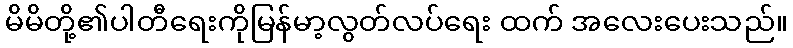
မိမိတို့၏ပါတီရေးကိုမြန်မာ့လွတ်လပ်ရေး ထက် အလေးပေးသည်။